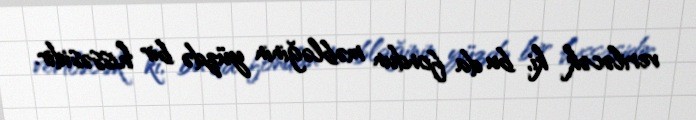
veriləcək ki, bu da fondun məbləğinin yüzdə bir hissəsidir.